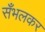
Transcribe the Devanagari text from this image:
सँभलकर